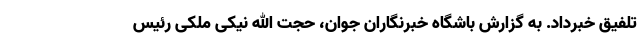
تلفیق خبرداد. به گزارش باشگاه خبرنگاران جوان، حجت الله نیکی ملکی رئیس